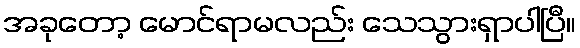
အခုတော့ မောင်ရာမလည်း သေသွားရှာပါပြီ။